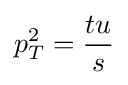
p_{T}^{2}={\frac {tu}{s}}